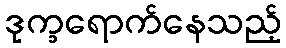
ဒုက္ခရောက်နေသည့်